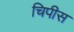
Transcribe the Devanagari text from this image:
चिपीस